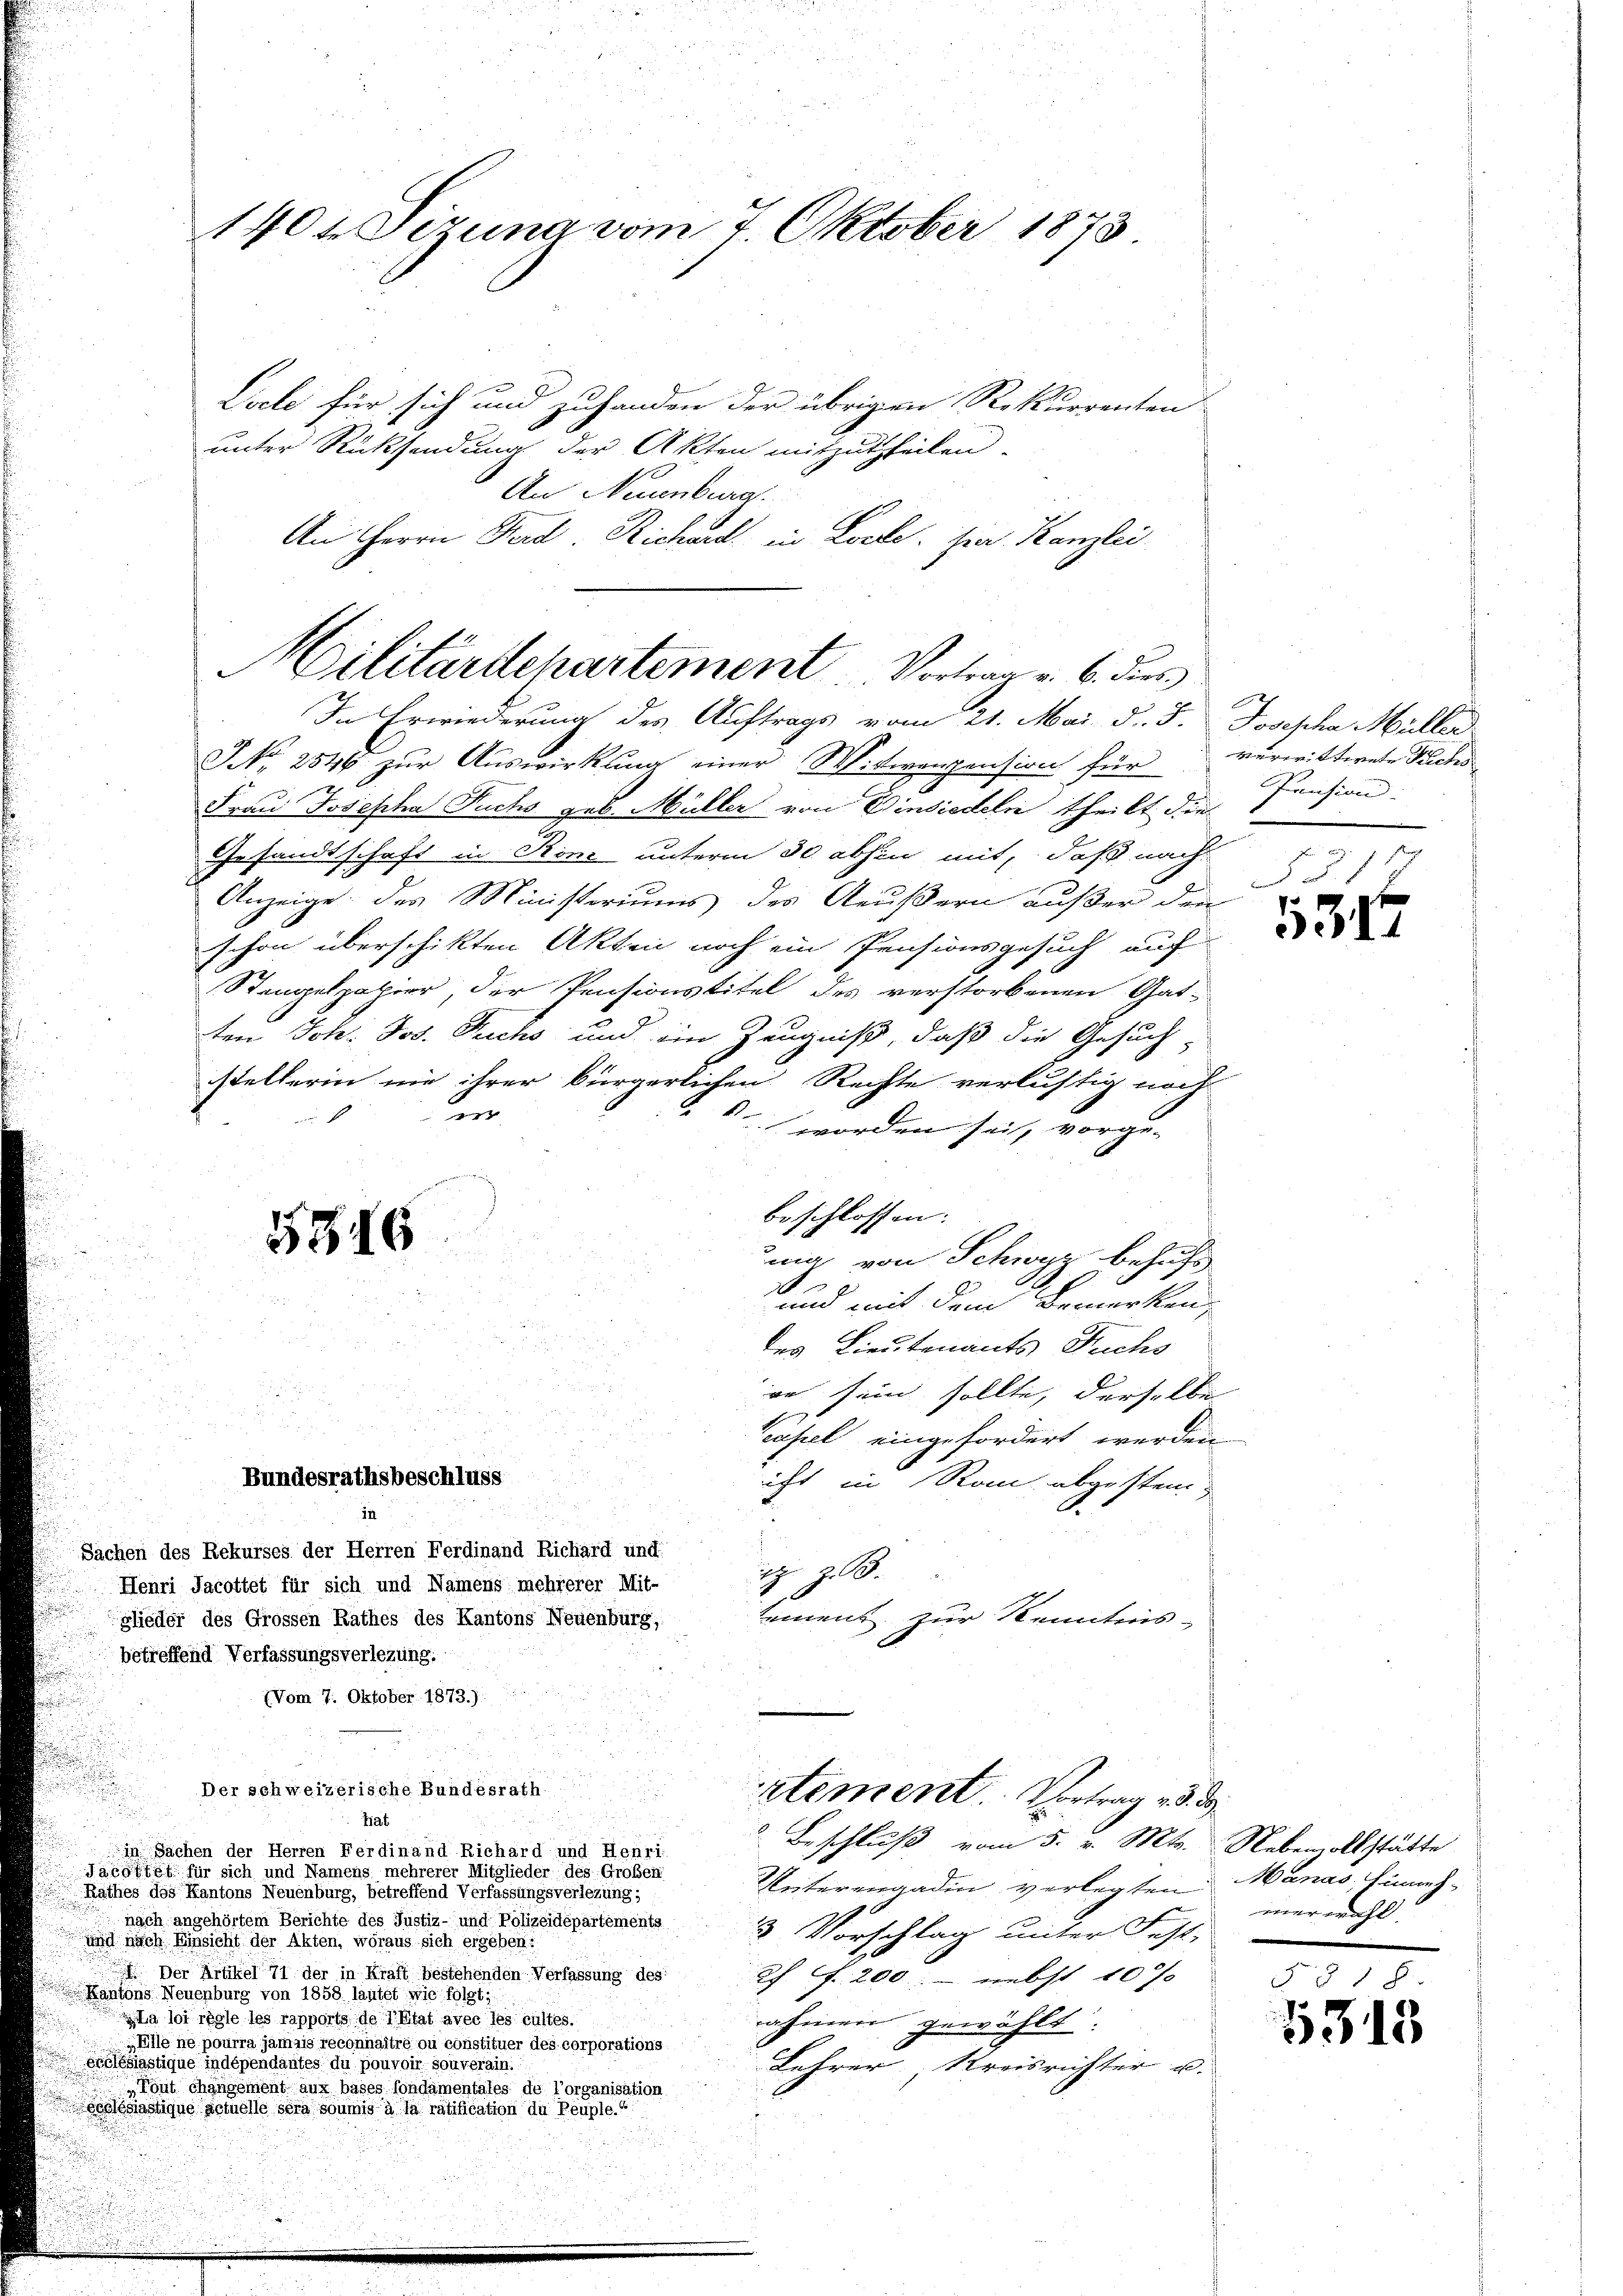
Liele für sich und zuhanden der übrigen Rekurrenten
unter Rücksendung der Akten mitzutheilen.
An Neuenburg
An Herrn Ferd. Richaid in Loche. Hier Kanzlei

J No 2546 zur Auswirkung einer Wittwenpension für verwittwete Fuchs
Frau Josepha Fuchs geb. Müller von Einsiedeln theilt die
Gesandtschaft in Rom unterm 30. abhin mit, daß nach
Anzeige des Ministeriums des Aeußern außer den
schon überschikten Akten noch ein Pensionsgesuch auf
Stengelpapier, der Pensionstitel des verstorbenen Gat-
ten Joh. Jos. Fuchs und ein Zeugniß, daß die Gesuch
stellerin nie ihrer bürgerlichen Rechte verlustig noch
den
 worden sei, vorge- |
beschlossen: |
5816
ma von Schwyz behufs
d
und mit dem Bemerken,
des Lieutenants Fuchs
re sein sollte, derselbe
Teufel eingefordert werden
Bundesrathsbeschluss
icht in Rom abgestenin
Sachen des Rekurses der Herren Ferdinand Richard und
 z. B.
Henri Jacottet für sich und Namens mehrerer Mit-
ement zur Kenntnis-
glieder des Grossen Rathes des Kantons Neuenburg,
betreffend Verfassungsverlezung.

1404 Dezung vom 7. Oktober 1873

Hilitärtchartement Vortrag v. 6. dies
In Erwiederung des Auftrags vom 21. Mai d. J. Josepha Müller

(Vom 7. Oktober 1873.):
d
Der schweizerische Bundesrath
u
hat
in Sachen der Herren Ferdinand Richard und Henri
Jacottst für sich und Namens mehrerer Mitglieder des Großen
Rathes des Kantons Neuenburg, betreffend Verfassungsverlezung;
nach angehörtem Berichte des Justiz- und Polizeidepartements
und nach Einsicht der Akten, woraus sich ergeben:
I Der Artikel 71 der in Kraft bestehenden Verfassung des
Kantons Neuenburg von 1858 lautet wie folgt
gla loi règle les rapports de l’Etat avec les cultes.
„Elle ne pourra jamais reconnaître ou constituer des corporations
Coclesiastique indépendantes du pouvoir souverain.
„Tout changement aux bases londamentates de l’organisation
Sohlesiastique actuelle sera soumis à la ratification du Peuple.6

stement. Vortrag v. 3. 39
Beschluß vom 5. v. Mts. Nebemoltstätte

Unterengadin verlegten
3 Vorschlag unter Fest-
Rh. f. 200; - nebst 10%
nahmen gewählt:
Lehrer Kreisrichter u.

Pension:
S

547

Manas. Sinneh-
merwähl

F. § 18
5313